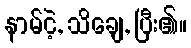
နာမ်ငဲ့, သိချေ, ပြီး၏။